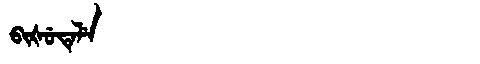
Manchu: ᠪᡳᡧᡠᡨᡝᠯᡝ
Romanization: BIŠUTELE